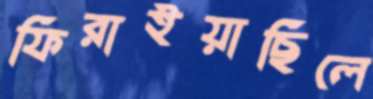
ফিরাইয়াছিলে